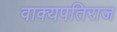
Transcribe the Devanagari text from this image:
वाक्यपतिराज